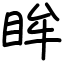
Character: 眸